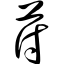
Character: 苻